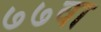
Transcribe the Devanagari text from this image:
७७वा